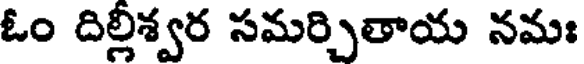
ఓం దిల్లీశ్వర సమర్చితాయ నమః